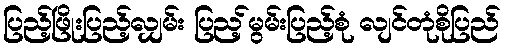
ပြည့်ဖြိုးပြည့်လျှမ်း ပြည့်မွမ်းပြည့်စုံ လျင်တုံစိုပြည်